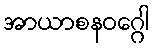
အာယာစနဝဂ္ဂေါ